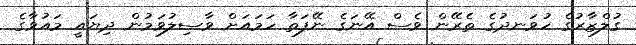
ގުލްޒާރުގެ ހުވަނދުގެ ތެރޭން ވެސް އޭނަގެ ނޭފަތާ ހަމައަށް ވާސިލުވަމުން ދިޔައީ މައުވާގެ